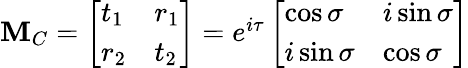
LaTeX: \begin{array}{r}{\mathbf{M}_{C}=\left[\begin{array}{ll}{t_{1}}&{r_{1}}\\ {r_{2}}&{t_{2}}\end{array}\right]=e^{i\tau}\left[\begin{array}{ll}{\cos\sigma}&{i\sin\sigma}\\ {i\sin\sigma}&{\cos\sigma}\end{array}\right]}\end{array}